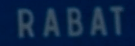
RÁBAT